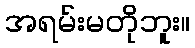
အရမ်းမတိုဘူး။